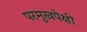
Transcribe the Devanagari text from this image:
परमुखपेक्षी